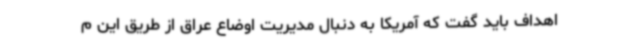
اهداف باید گفت که آمریکا به دنبال مدیریت اوضاع عراق از طریق این م